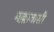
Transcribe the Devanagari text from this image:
मक्कावासी